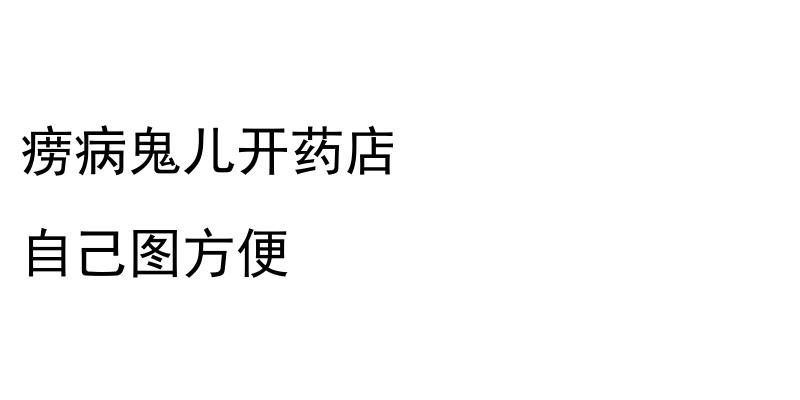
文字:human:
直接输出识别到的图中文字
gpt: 痨病鬼儿开药店 自己图方便